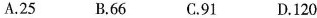
A.25 B.66 C.91 D.120